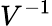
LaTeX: V^{-1}